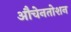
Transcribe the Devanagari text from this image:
औचेनतोशन